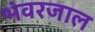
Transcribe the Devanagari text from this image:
भंवरजाल